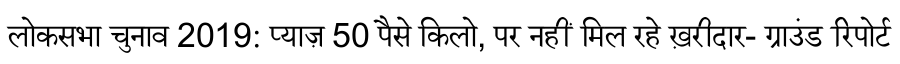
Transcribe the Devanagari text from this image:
लोकसभा चुनाव 2019: प्याज़ 50 पैसे किलो, पर नहीं मिल रहे ख़रीदार- ग्राउंड रिपोर्ट